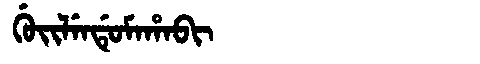
Manchu: ᡤᡠᡳᠯᡝᠨᡩᡠᠮᠠᡥᠠᠪᡳ
Romanization: GUILENDUMAHABI